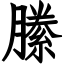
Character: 縢